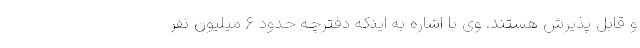
و قابل پذیرش هستند. وی با اشاره به اینکه دفترچه حدود ٦ میلیون نفر